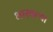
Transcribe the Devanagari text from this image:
भारवल्या